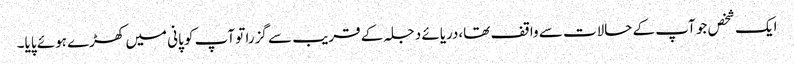
ایک شخص جو آپ کے حالات سے واقف تھا،دریائے دجلہ کے قریب سے گزرا تو آپ کو پانی میں کھڑے ہوئے پایا۔